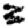
Digit: 3